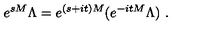
e ^ { s M } \Lambda = e ^ { ( s + i t ) M } ( e ^ { - i t M } \Lambda ) \ .